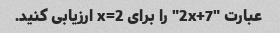
عبارت "2x+7" را برای x=2 ارزیابی کنید.